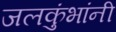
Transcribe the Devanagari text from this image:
जलकुंभांनी